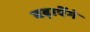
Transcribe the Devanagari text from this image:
बढ़ाऐेंगे